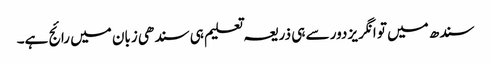
سندھ میں تو انگریز دور سے ہی ذریعہ تعلیم ہی سندھی زبان میں رائج ہے۔